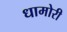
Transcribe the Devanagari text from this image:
धामोरी